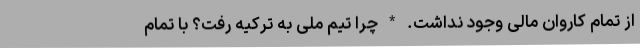
از تمام کاروان مالی وجود نداشت. * چرا تیم ملی به ترکیه رفت؟ با تمام